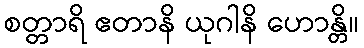
စတ္တာရိ ဧတာနိ ယုဂါနိ ဟောန္တိ။